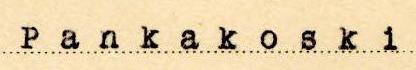
Pankakoski